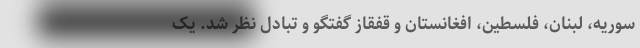
سوریه، لبنان، فلسطین، افغانستان و قفقاز گفتگو و تبادل نظر شد. یک